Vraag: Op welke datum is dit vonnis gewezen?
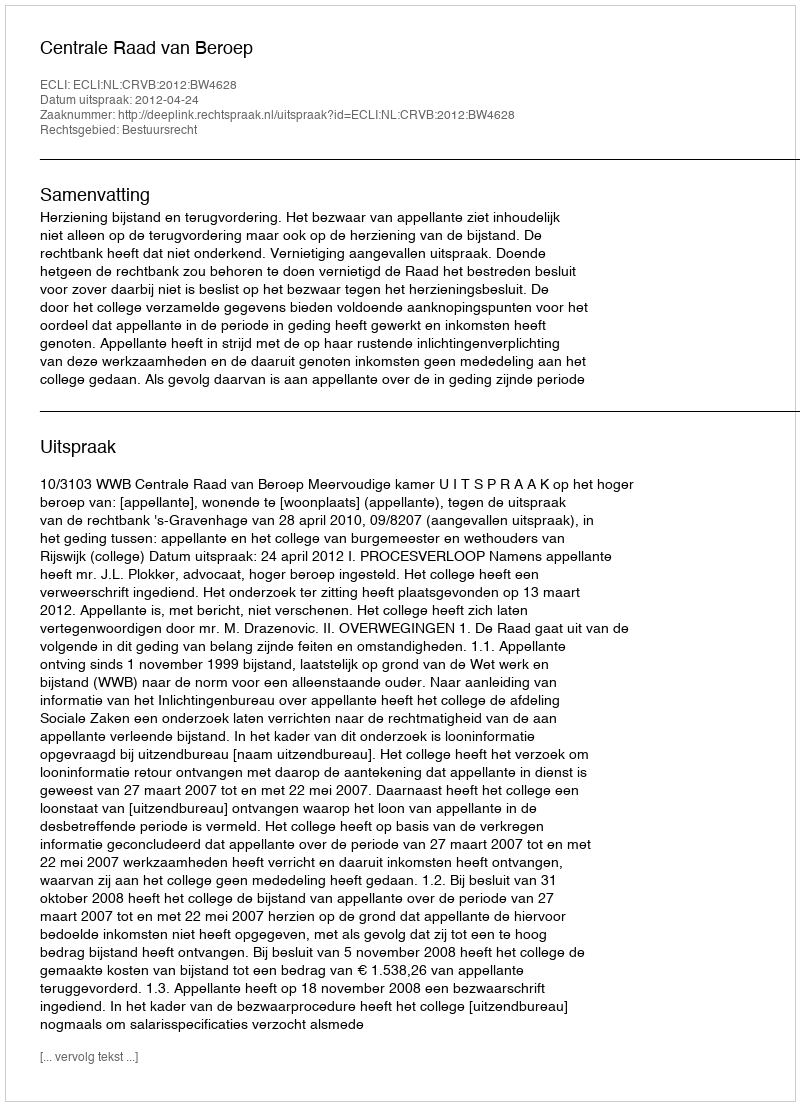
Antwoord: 2012-04-24